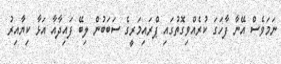
ނަމަވެސް އޭނާ ފާހަގަ ކުރެއްވިގޮތުގައި ޕްރައިމަރީގެ ސަބަބުން ލިބޭ ފައިދާއާ އަޅާ ކިޔާއިރު